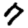
Digit: 7